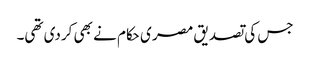
جس کی تصدیق مصر ی حکام نے بھی کردی تھی۔